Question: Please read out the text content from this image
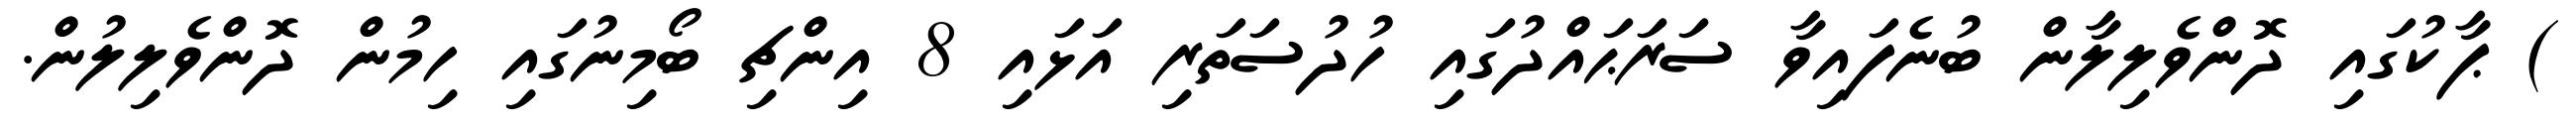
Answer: ) ޕާކުގައި ދޮންވެލިލާން ބުނެފައިވާ ސަރަޙައްދުގައި ހުދުސަތަރި އަޅައި 8 އިންޗި ބޯމިނުގައި ހިމުން ދޮންވެލިލުން.